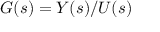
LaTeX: G ( s ) = Y ( s ) / U ( s )